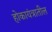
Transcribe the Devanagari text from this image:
होकायंत्रातील